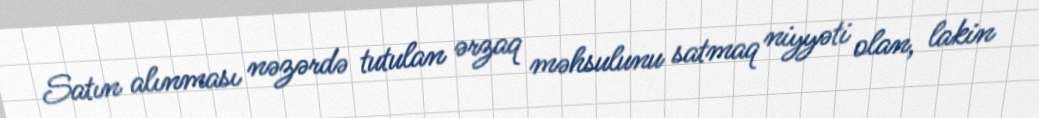
Satın alınması nəzərdə tutulan ərzaq məhsulunu satmaq niyyəti olan, lakin